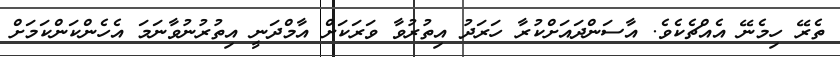
ތެރޭ ހިމެނޭ އެއްޗެކެވެ. އާސަންދައަށްކުރާ ހަރަދު އިތުރުވާ ވަރަކަށް އާމްދަނީ އިތުރުނުވާނަމަ އެހެންކަންކަމަށް